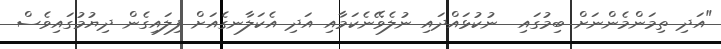
"އަދި ތިމަންމެންނަށް ބިމުގައި  ނުކުޅައްދައި ނުލެވޭނެކަމާއި އަދި އެކަލާނގެއަށް ފިލައިގެން ދިޔުމުގައިވެސް